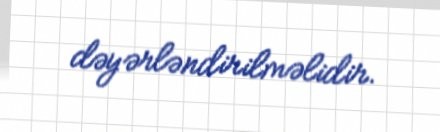
dəyərləndirilməlidir.